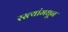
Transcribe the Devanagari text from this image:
रस्त्यांमधून